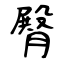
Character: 臀